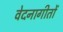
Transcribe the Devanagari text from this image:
वेदनागीतों